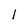
Character: l